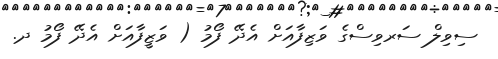
ސިވިލް ސަރވިސްގެ ވަޒިފާއަށް އެދޭ ފޯމު ( ވަޒީފާއަށް އެދޭ ފޯމު ދ.